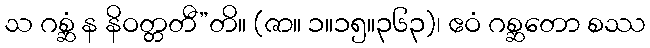
သ ဂစ္ဆံ န နိဝတ္တတီ”တိ။ (ဇာ။ ၁။၁၅။၃၆၃)၊ ဧဝံ ဂစ္ဆတော စဿ